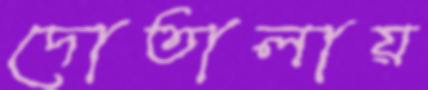
দোতালায়